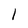
Character: 1